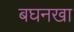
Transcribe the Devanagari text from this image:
बघनखा